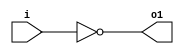
module invert(input wire i, output wire o1);
	assign o1 = !i;
endmodule

module and2(input wire i0, i1, output wire o2);
	assign o2 = i0 & i1;
endmodule

module or2(input wire i0, i1, output wire o3);
	assign o3 = i0 | i1;
endmodule

module xor2(input wire i0, i1, output wire o4);
	assign o4 = i0 ^ i1;
endmodule

module nand2(input wire i0, i1, output wire o5);
	wire t;
	and2 and2_0 (i0, i1, t);
	invert invert_0 (t, o5);
endmodule


//Module full adder.
module fulladder(input wire a, b, cin, output wire sum, cout);

wire [4:0] t;
    xor2 x0(a, b, t[0]);
    xor2 x1(t[0], cin, sum);

    and2 a0(a, b, t[1]);
    and2 a1(a, cin, t[2]);
    and2 a2(b, cin, t[3]);

    or2 o0(t[1], t[2], t[4]);
    or2 o1(t[3], t[4], cout);

endmodule

module halfadder(input wire a, b, output wire sum, cout);

    xor2 x0(a, b, sum);
    and2 x1(a, b, cout);

endmodule




module CarrySaveAdder(input wire[5:0]a,input wire[5:0]b,input wire[5:0]c,output wire [5:0] sum, output wire [6:0] carry);
	
    assign carry[0]=1'b0; //verify	
    fulladder f1(a[0],b[0],c[0],sum[0],carry[1]);
    fulladder f2(a[1],b[1],c[1],sum[1],carry[2]);
    fulladder f3(a[2],b[2],c[2],sum[2],carry[3]);
    fulladder f4(a[3],b[3],c[3],sum[3],carry[4]);
    fulladder f5(a[4],b[4],c[4],sum[4],carry[5]);
    fulladder f6(a[5],b[5],c[5],sum[5],carry[6]);

endmodule


module CarrySaveAdder7(input wire[5:0]a,input wire[5:0]b,input wire[6:0]c,output wire [6:0] sum, output wire [6:0] carry);
	
    assign carry[0]=1'b0; //verify	
    fulladder f1(a[0],b[0],c[0],sum[0],carry[1]);
    fulladder f2(a[1],b[1],c[1],sum[1],carry[2]);
    fulladder f3(a[2],b[2],c[2],sum[2],carry[3]);
    fulladder f4(a[3],b[3],c[3],sum[3],carry[4]);
    fulladder f5(a[4],b[4],c[4],sum[4],carry[5]);
    fulladder f6(a[5],b[5],c[5],sum[5],carry[6]);
    assign sum[6]=c[6];

endmodule


module WallaceTree(input wire[5:0]p1,p2,p3,p4,output wire [6:0]sum,carry);

    wire [6:0]clvl1;
    wire [5:0]slvl1;
    //level 1
    CarrySaveAdder csa61(p1,p2,p3,slvl1,clvl1);
    CarrySaveAdder7 csa71(p4,slvl1,clvl1,sum,carry);

endmodule


module Add4_6bit(input wire[5:0]p1,p2,p3,p4, output wire[7:0]result);

    wire[6:0] sum,carry;
    
    WallaceTree wt(p1,p2,p3,p4,sum,carry);
    TempRippleCarry7 trc71(sum,carry,result);

endmodule



module TempRippleCarry7(input wire[6:0] prod1,prod2,output wire[7:0] result);

    wire [5:0] c;
    halfadder h1(prod1[0],prod2[0],result[0],c[0]);
    fulladder f1(prod1[1],prod2[1],c[0],result[1],c[1]);
    fulladder f2(prod1[2],prod2[2],c[1],result[2],c[2]);
    fulladder f3(prod1[3],prod2[3],c[2],result[3],c[3]);
    fulladder f4(prod1[4],prod2[4],c[3],result[4],c[4]);
    fulladder f5(prod1[5],prod2[5],c[4],result[5],c[5]);
    fulladder f6(prod1[6],prod2[6],c[5],result[6],result[7]);

endmodule



module Multiplyer(input wire[2:0]x,y,output wire[5:0] product);

    wire [9:0] andouts ;
    wire [9:0] lvl2outs;
    wire [9:0] lvl3outs;
    wire [9:0] lvl4outs;
    wire new;
    wire oroutlvl1;
    
    //Product[0]
    and2 a1(x[0],y[0],product[0]);

    //Product[1]
    and2 a2(x[0],y[1],andouts[0]);  //a1
    and2 a3(x[1],y[0],andouts[1]);  //b0
    xor2 x1(andouts[0],andouts[1],product[1]); //r1

    //Product[2]
    and2 lvl2a1(andouts[0],andouts[1],lvl2outs[0]);
    and2 a4(x[0],y[2],andouts[2]);
    xor2 x2(lvl2outs[0],andouts[2],lvl3outs[0]);
    and2 a5(x[1],y[1],andouts[3]);  //b1
    and2 a6(x[2],y[0],andouts[4]);
    xor2 x3(andouts[3],andouts[4],lvl2outs[1]);
    xor2 x4(lvl2outs[1],lvl3outs[0],product[2]);

    //Product[3]

    or2 o1(andouts[2],andouts[3],lvl2outs[2]);
    and2 lvl3a1(lvl2outs[2],andouts[4],lvl3outs[1]);
    and2 a7(x[1],y[2],andouts[5]);
    and2 a8(x[2],y[1],andouts[6]);     
    or2 lvl2o1(andouts[5],andouts[1],lvl2outs[3]);
    and2 lvl3a2(lvl2outs[3],andouts[0],lvl3outs[2]);
    or2 lvl4o1(lvl3outs[1],lvl3outs[2],lvl4outs[0]);
    xor2 x5(andouts[5],andouts[6],lvl2outs[4]);
    xor2 x7(lvl4outs[0],lvl4outs[1],product[3]);
    xor2 x6(lvl3outs[3],lvl2outs[4],lvl4outs[1]); 
  
    //Product[4] and Product[5]
    and2 a9(x[2],y[2],andouts[7]);  //c2
    and2 a10(x[0],x[1],andouts[8]); //x0x1
    or2 o2(x[1],y[1],oroutlvl1);    //y1orx1
    and2 lvl2a2(product[0],andouts[7],lvl2outs[5]); //m4
    and2 lvl3a3(andouts[3],lvl2outs[5],lvl3outs[3]); //z1
    or2 lvl2o2(andouts[2],andouts[4],lvl2outs[6]);  //m5
    or2 newOR2(lvl2outs[6],andouts[7],new);
    and2 lvl3a4(new,andouts[3],lvl3outs[4]); //n3
    xor2 x8(lvl3outs[3],andouts[7],lvl4outs[2]); //s1
    or2 lvl2o3(andouts[0],andouts[8],lvl2outs[7]); //m6
    or2 lvl3o1(lvl2outs[7],andouts[3],lvl3outs[5]); //n4
    and2 lvl2a3(y[0],andouts[7],lvl2outs[8]); //m7
    and2 lvl2a4(andouts[7],andouts[3],lvl2outs[9]); //m8
    and2 lvl3a5(oroutlvl1,lvl2outs[5],lvl3outs[6]); //n5
    or2 lvl4o2(lvl3outs[6],lvl3outs[4],lvl4outs[3]); //z2
    and2 lvl4a1(lvl2outs[8],lvl3outs[5],lvl4outs[4]); //s2

    xor2 xr4(lvl4outs[2],lvl4outs[3],product[4]);
    or2 or5(lvl4outs[4],lvl2outs[9],product[5]);

endmodule


module MulAddCell(input wire[2:0] a0,a1,a2,a3,b0,b1,b2,b3,output wire[7:0] result);

    wire[5:0] prod1,prod2,prod3,prod4;
    wire[6:0] sumres1,sumres2;

    Multiplyer m1(a0,b0,prod1);
    Multiplyer m2(a1,b1,prod2);
    Multiplyer m3(a2,b2,prod3);
    Multiplyer m4(a3,b3,prod4);
    Add4_6bit a46b(prod1,prod2,prod3,prod4,result);

endmodule


module Parallel16MatrixMultiplier(input wire[2:0]a00,a01,a02,a03,b00,b01,b02,b03,a10,a11,a12,a13,
b10,b11,b12,b13,a20,a21,a22,a23,b20,b21,b22,b23,a30,a31,a32,a33,b30,b31,b32,b33, 
output wire[7:0] res00,res01,res02,res03,res10,res11,res12,res13,res20,res21,res22,res23,res30,res31,res32,res33);

    //row1
    MulAddCell ma00(a00,a01,a02,a03,b00,b10,b20,b30,res00);
    MulAddCell ma01(a00,a01,a02,a03,b01,b11,b21,b31,res01);
    MulAddCell ma02(a00,a01,a02,a03,b02,b12,b22,b32,res02);
    MulAddCell ma03(a00,a01,a02,a03,b03,b13,b23,b33,res03);

    //row2
    MulAddCell ma10(a10,a11,a12,a13,b00,b10,b20,b30,res10);
    MulAddCell ma11(a10,a11,a12,a13,b01,b11,b21,b31,res11);
    MulAddCell ma12(a10,a11,a12,a13,b02,b12,b22,b32,res12);
    MulAddCell ma13(a10,a11,a12,a13,b03,b13,b23,b33,res13);

    //row3
    MulAddCell ma20(a20,a21,a22,a23,b00,b10,b20,b30,res20);
    MulAddCell ma21(a20,a21,a22,a23,b01,b11,b21,b31,res21);
    MulAddCell ma22(a20,a21,a22,a23,b02,b12,b22,b32,res22);
    MulAddCell ma23(a20,a21,a22,a23,b03,b13,b23,b33,res23);

    //row4
    MulAddCell ma30(a30,a31,a32,a33,b00,b10,b20,b30,res30);
    MulAddCell ma31(a30,a31,a32,a33,b01,b11,b21,b31,res31);
    MulAddCell ma32(a30,a31,a32,a33,b02,b12,b22,b32,res32);
    MulAddCell ma33(a30,a31,a32,a33,b03,b13,b23,b33,res33);    

endmodule